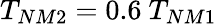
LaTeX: T_{NM2}=0.6{\ }T_{NM1}